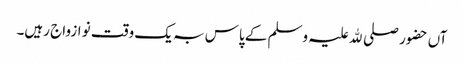
آں حضور صلی ﷲ علیہ وسلم کے پاس بہ یک وقت نو ازواج رہیں۔